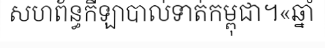
សហព័ន្ធកីឡាបាល់ទាត់កម្ពុជា។«ឆ្នាំ